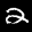
Label: 2